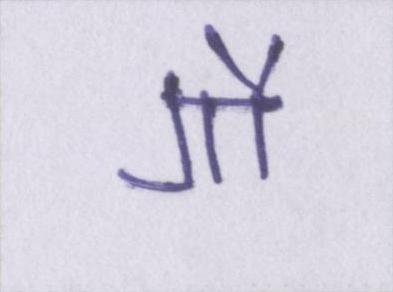
गौ